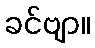
ခင်ဗျာ။